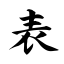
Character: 表